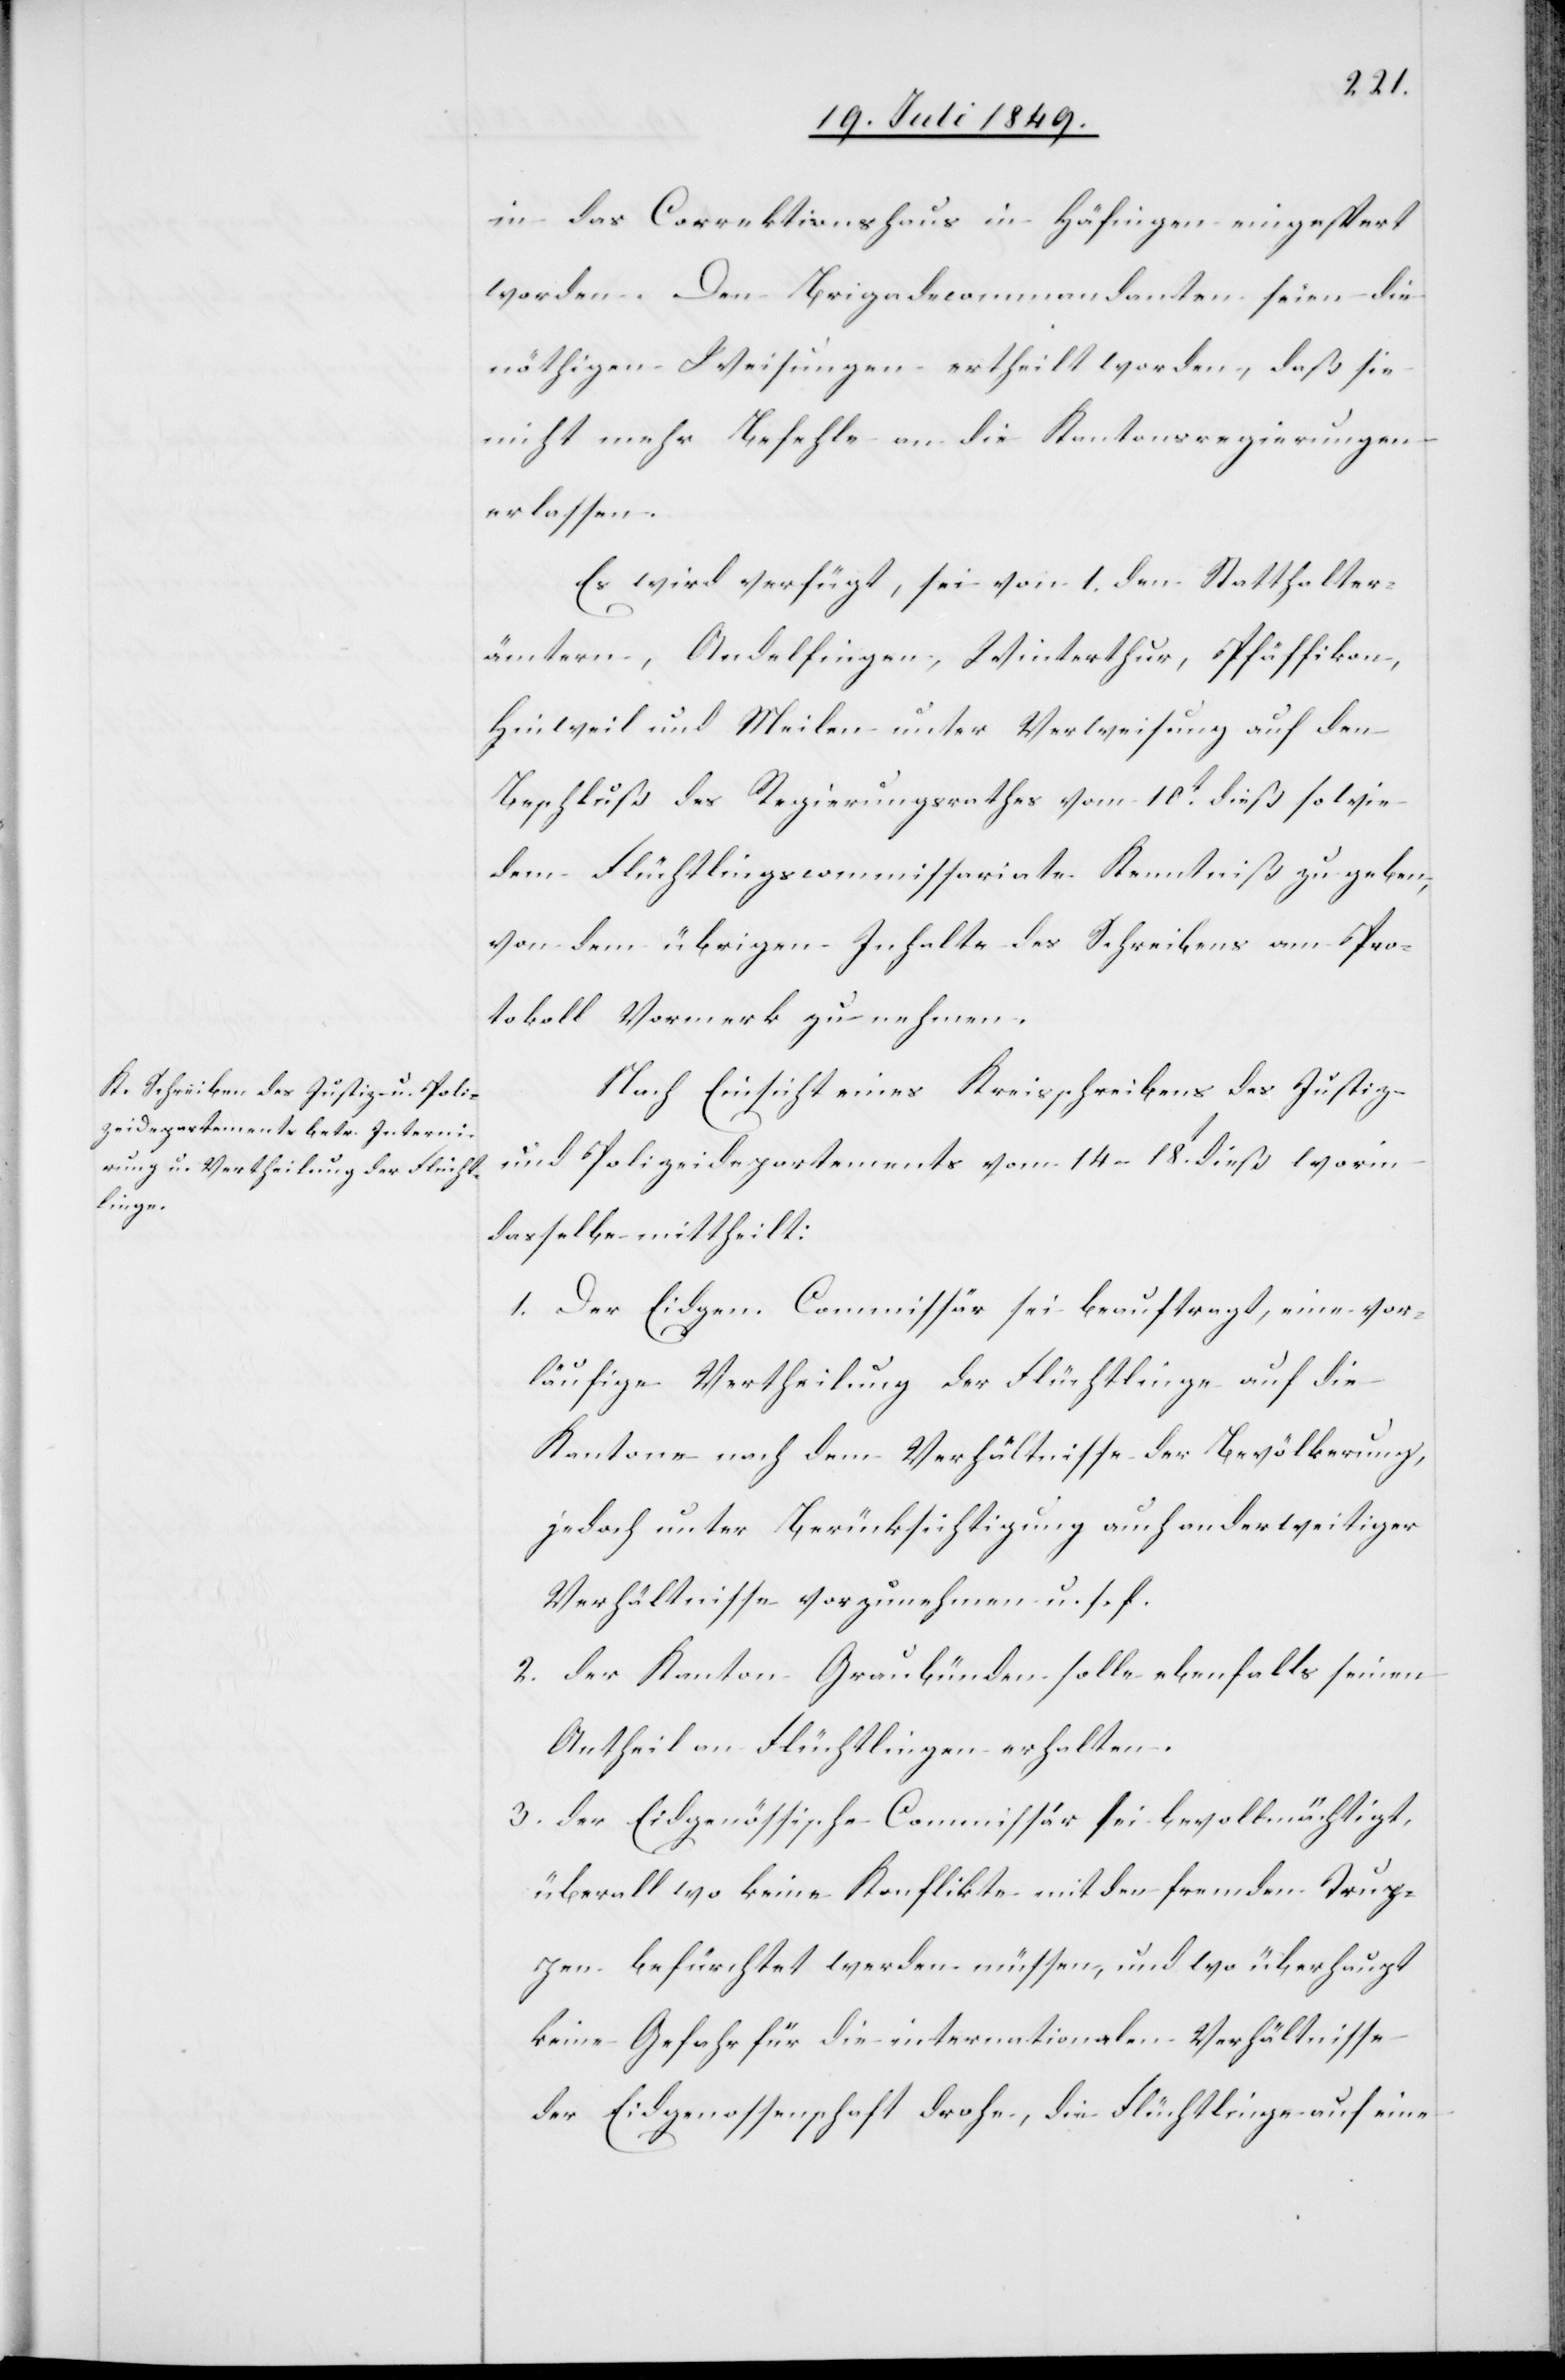
in das Correktionshaus in Häfingen eingespert
worden. Den Brigadecommandanten, daß die
nöthigen Weisungen ertheilt worden, daß sie
nicht mehr Befehle an die Kantonsregierungen
erlassen.
Es wird verfügt, sei von 1. den Statthalter¬
ämtern, Andelfingen, Winterthur, Pfäffikon,
Hinweil und Meilen unter Verweisung auf den
Beschluß des Regierungsrathes vom 10t dieß sowie
dem Flüchtlingscommissariate Kenntniß zu geben,
von dem übrigen Inhalte des Schreibens am Pro¬
tokoll Vormerk zu nehmen.
Nach Einsicht eines Kreisschreibens des Justiz-
und Polizeidepartements vom 14–18t dieß worin
dasselbe mittheilt:
1. Der Eidgen. Commissär sei beauftragt, eine vor¬
läufige Vertheilung der Flüchtlinge auf die
Kantone nach dem Verhältnisse der Bevölkerung,
jedoch unter Berücksichtigung auch anderweitiger
Verhältnisse vorzunehmen u. s. f.
2. Der Kanton Graubünden solle ebenfalls seinen
Antheil an Flüchtlingen erhalten.
3. der Eidgenössische Commissär sei bevollmächtigt,
überall wo keine Konflikte mit den fremden Trup¬
pen befürchtet werden müssen, und wo überhaupt
keine Gefahr für die internationalen Verhältnisse
der Eidgenossenschaft drohe, die Flüchtlinge auf eine